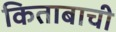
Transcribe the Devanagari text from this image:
किताबाची